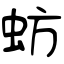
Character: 蚄